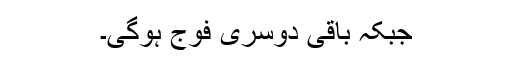
جبکہ باقی دوسری فوج ہوگی۔